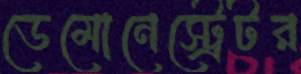
ডেমোনেস্ট্রেটর